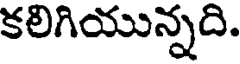
కలిగియున్నది.